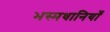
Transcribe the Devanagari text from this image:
भस्मधानियाँ